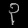
Digit: ၃